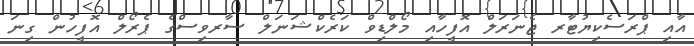
އާއި ޕްރަސެކިޔުޓާރ ޖެނަރަލް އޮފީހާއި މޯލްޑިވް ކަރެކްޝަނަލް ސާރވިސްގެ ޕެރޯލް އޮފީހުން ގިނަ